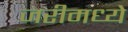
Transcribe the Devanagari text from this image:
जरीमध्ये